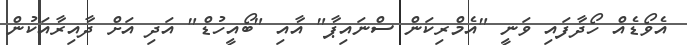
އެވޯޑެއް ހޯދާފައި ވަނީ "އެމްރިކަން ސްނައިޕާ" އާއި "ބޯއީހުޑް" އަދި އަށް ދާއިރާއަކުން